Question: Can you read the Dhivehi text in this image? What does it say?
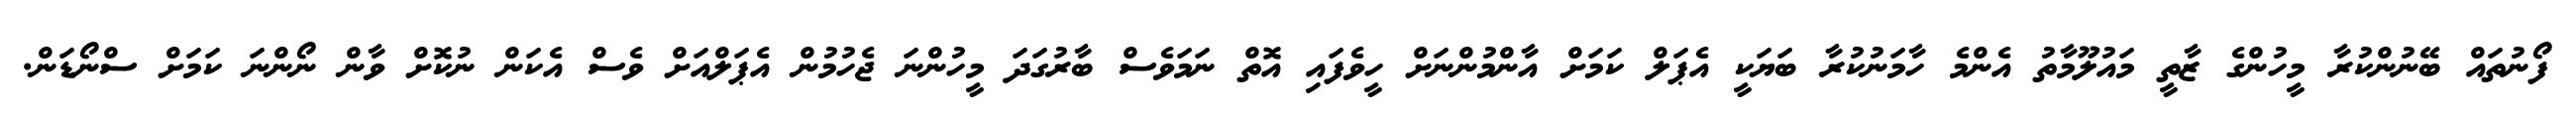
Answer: ފޯނުތައް ބޭނުންކުރާ މީހުންގެ ޒާތީ މައުލޫމާތު އެންމެ ހާމަނުކުރާ ބަޔަކީ އެޕަލް ކަމަށް އާންމުންނަށް ހީވެފައި އޮތް ނަމަވެސް ބާރުގަދަ މީހުންނަ ޖެހުމުން އެޕަލްއަށް ވެސް އެކަން ނުކޮށް ވާން ނޯންނަ ކަމަށް ސްނޯޑަން.